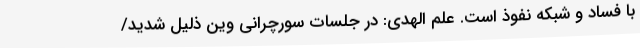
با فساد و شبکه نفوذ است. علم الهدی: در جلسات سورچرانی وین ذلیل شدید/